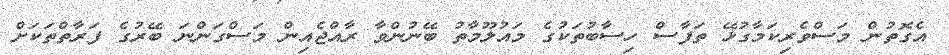
އެގޮތުން މަސްވެރިކަމާގުޅޭ ތަފާސް ހިސާބުތަކުގެ މައުލޫމާތު ބޭނުންވާ ރާއްޖެއިން މަސްގަންނަ ބޭރުގެ ފަރާތްތަކަށް